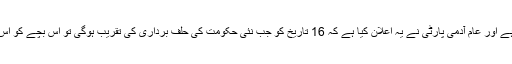
اس بچے کی تصویر ان دنوں وائرل ہے اور عام آدمی پارٹی نے یہ اعلان کیا ہے کہ 16 تاریخ کو جب نئی حکومت کی حلف برداری کی تقریب ہوگی تو اس بچے کو اس میں شرکت کی دعوت دی گئی ہے۔